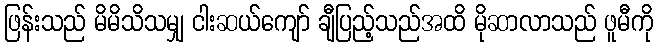
ဖြန်းသည် မိမိသိသမျှ ငါးဆယ်ကျော် ချီပြည့်သည်အထိ မိုဆာလာသည် ဖူမီကို